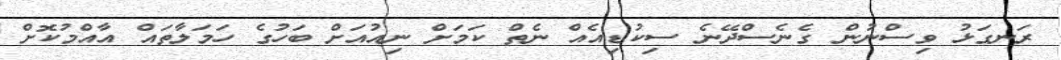
ރަނގަޅު ވިސްނުން ގެނެސްދޭނެ ސިކުޑިއެއް ނެތް ކަމަށް ނިއުއަށް ބަހުގެ ހަމަލާތައް އާއްމުކޮށް